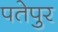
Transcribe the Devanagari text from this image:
पतेपुर